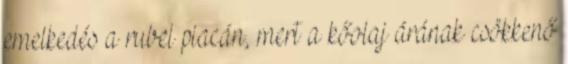
emelkedés a rubel piacán, mert a kőolaj árának csökkenő